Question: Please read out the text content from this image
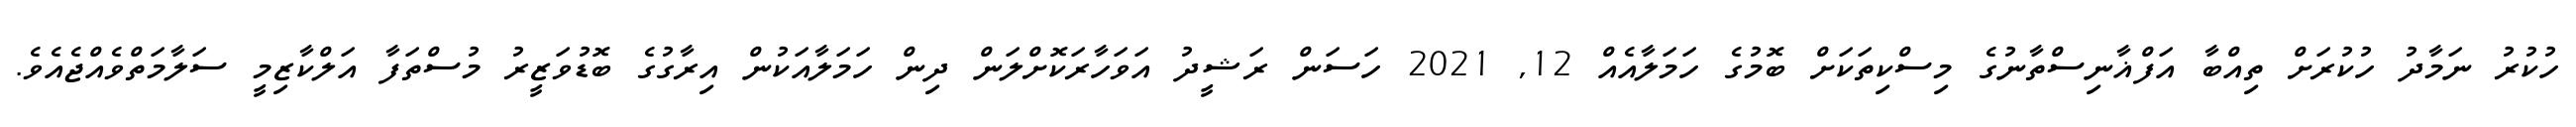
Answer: ހުކުރު ނަމާދު ހުކުރަށް ތިއްބާ އަފްޣާނިސްތާނުގެ މިސްކިތަކަށް ބޮމުގެ ހަމަލާއެއް 12, 2021 ހަސަން ރަޝީދު އަވަހާރަކޮށްލަން ދިން ހަމަލާއަކުން އިރާގުގެ ބޮޑުވަޒީރު މުސްތަފާ އަލްކާޒިމީ ސަލާމަތްވެއްޖެއެވެ.